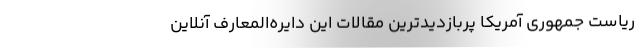
ریاست جمهوری آمریکا پربازدیدترین مقالات این دایره‌المعارف آنلاین